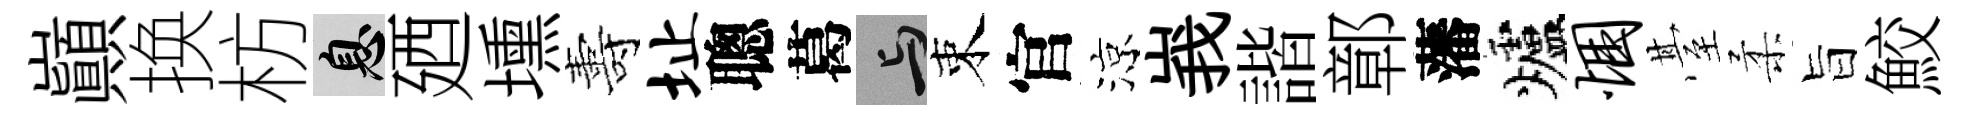
巔换枋息廼壎夀址聰葛与束官涼峩諧鄣藩爐悃䑓柔旨鮫